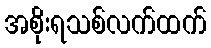
အစိုးရသစ်လက်ထက်